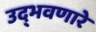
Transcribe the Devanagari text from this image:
उद्‌भवणारे